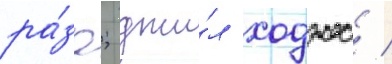
ра́за; джи́л ходжес /